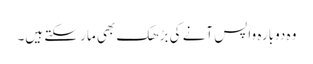
وہ دوبارہ واپس آنے کی بڑھک بھی مار سکتے ہیں۔